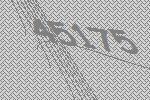
45175